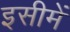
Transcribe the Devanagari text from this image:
इसीमें